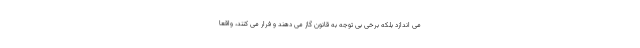
می اندازد بلکه برخی بی توجه به قانون گاز می دهند و فرار می کنند، واقعا